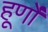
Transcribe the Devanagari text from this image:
हूर्णों